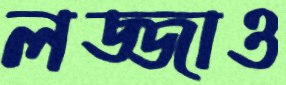
লজ্জাও